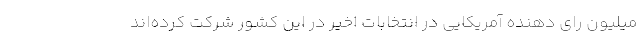
میلیون رای دهنده آمریکایی در انتخابات اخیر در این کشور شرکت کرده‌اند